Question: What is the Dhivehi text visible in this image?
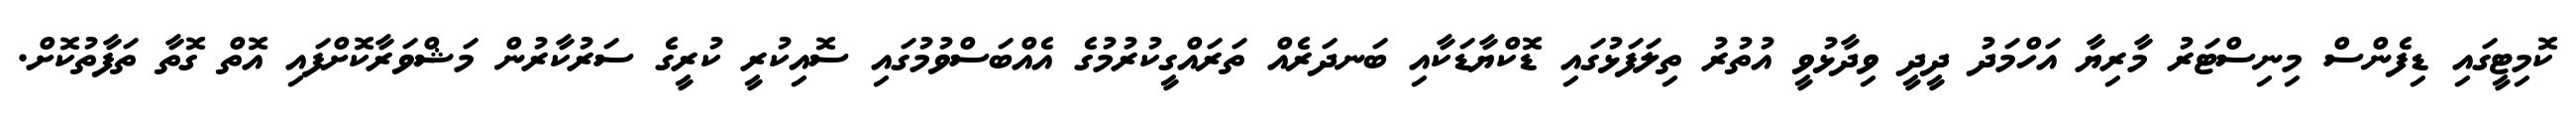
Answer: ކޮމިޓީގައި ޑިފެންސް މިނިސްޓަރު މާރިޔާ އަހްމަދު ދީދީ ވިދާޅުވީ އުތުރު ތިލަފަޅުގައި ޑޮކްޔާޑަކާއި ބަނދަރެއް ތަރައްގީކުރުމުގެ އެއްބަސްވުމުގައި ސޮއިކުރީ ކުރީގެ ސަރުކާރުން މަޝްވަރާކޮށްފައި އޮތް ގޮތާ ތަފާތުކޮށް.